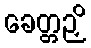
ခေတ္တဉှိ